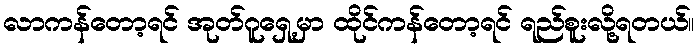
လာကန်တော့ရင် အုတ်ဂူရှေ့မှာ ထိုင်ကန်တော့ရင် ရည်စူးလို့ရတယ်။